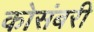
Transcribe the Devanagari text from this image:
कोसंबरी